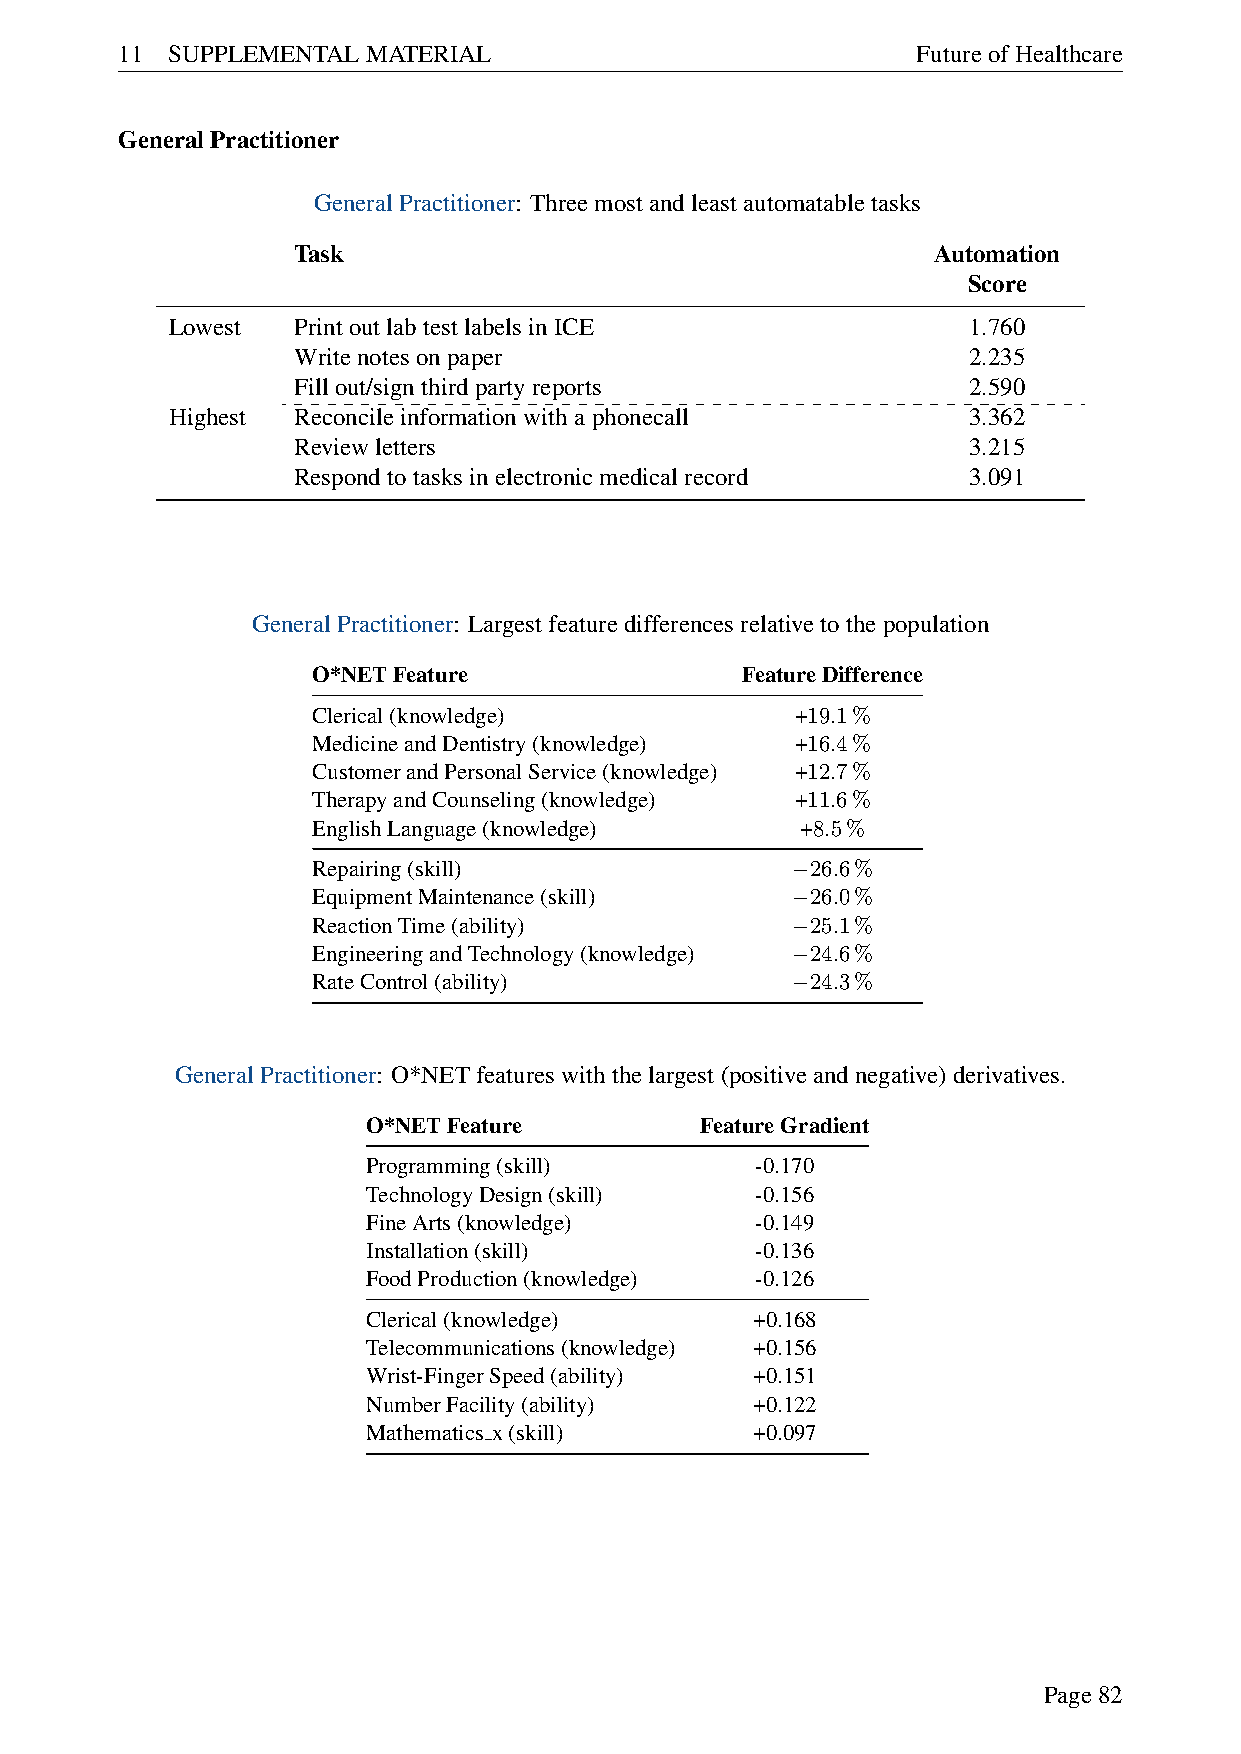
11 SUPPLEMENTALMATERIAL                              FutureofHealthcare
 GeneralPractitioner
 GeneralPractitioner: Threemostandleastautomatabletasks
 Task                                       Automation
 Score
 Lowest  PrintoutlabtestlabelsinICE                   1.760
 Writenotesonpaper                            2.235
 Fillout/signthirdpartyreports                2.590
 Highest Reconcileinformationwithaphonecall           3.362
 Reviewletters                                3.215
 Respondtotasksinelectronicmedicalrecord      3.091
 GeneralPractitioner: Largestfeaturedifferencesrelativetothepopulation
 O*NETFeature                FeatureDifference
 Clerical(knowledge)             +19.1%
 MedicineandDentistry(knowledge) +16.4%
 CustomerandPersonalService(knowledge) +12.7%
 TherapyandCounseling(knowledge) +11.6%
 EnglishLanguage(knowledge)      +8.5%
 Repairing(skill)                 26.6%
 −
 EquipmentMaintenance(skill)      26.0%
 −
 ReactionTime(ability)            25.1%
 −
 EngineeringandTechnology(knowledge) 24.6%
 −
 RateControl(ability)             24.3%
 −
 GeneralPractitioner: O*NETfeatureswiththelargest(positiveandnegative)derivatives.
 O*NETFeature          FeatureGradient
 Programming(skill)        -0.170
 TechnologyDesign(skill)   -0.156
 FineArts(knowledge)       -0.149
 Installation(skill)       -0.136
 FoodProduction(knowledge) -0.126
 Clerical(knowledge)       +0.168
 Telecommunications(knowledge) +0.156
 Wrist-FingerSpeed(ability) +0.151
 NumberFacility(ability)   +0.122
 Mathematics x(skill)      +0.097
 Page82